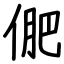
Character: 俷